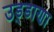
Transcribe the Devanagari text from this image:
उड़्डाणा